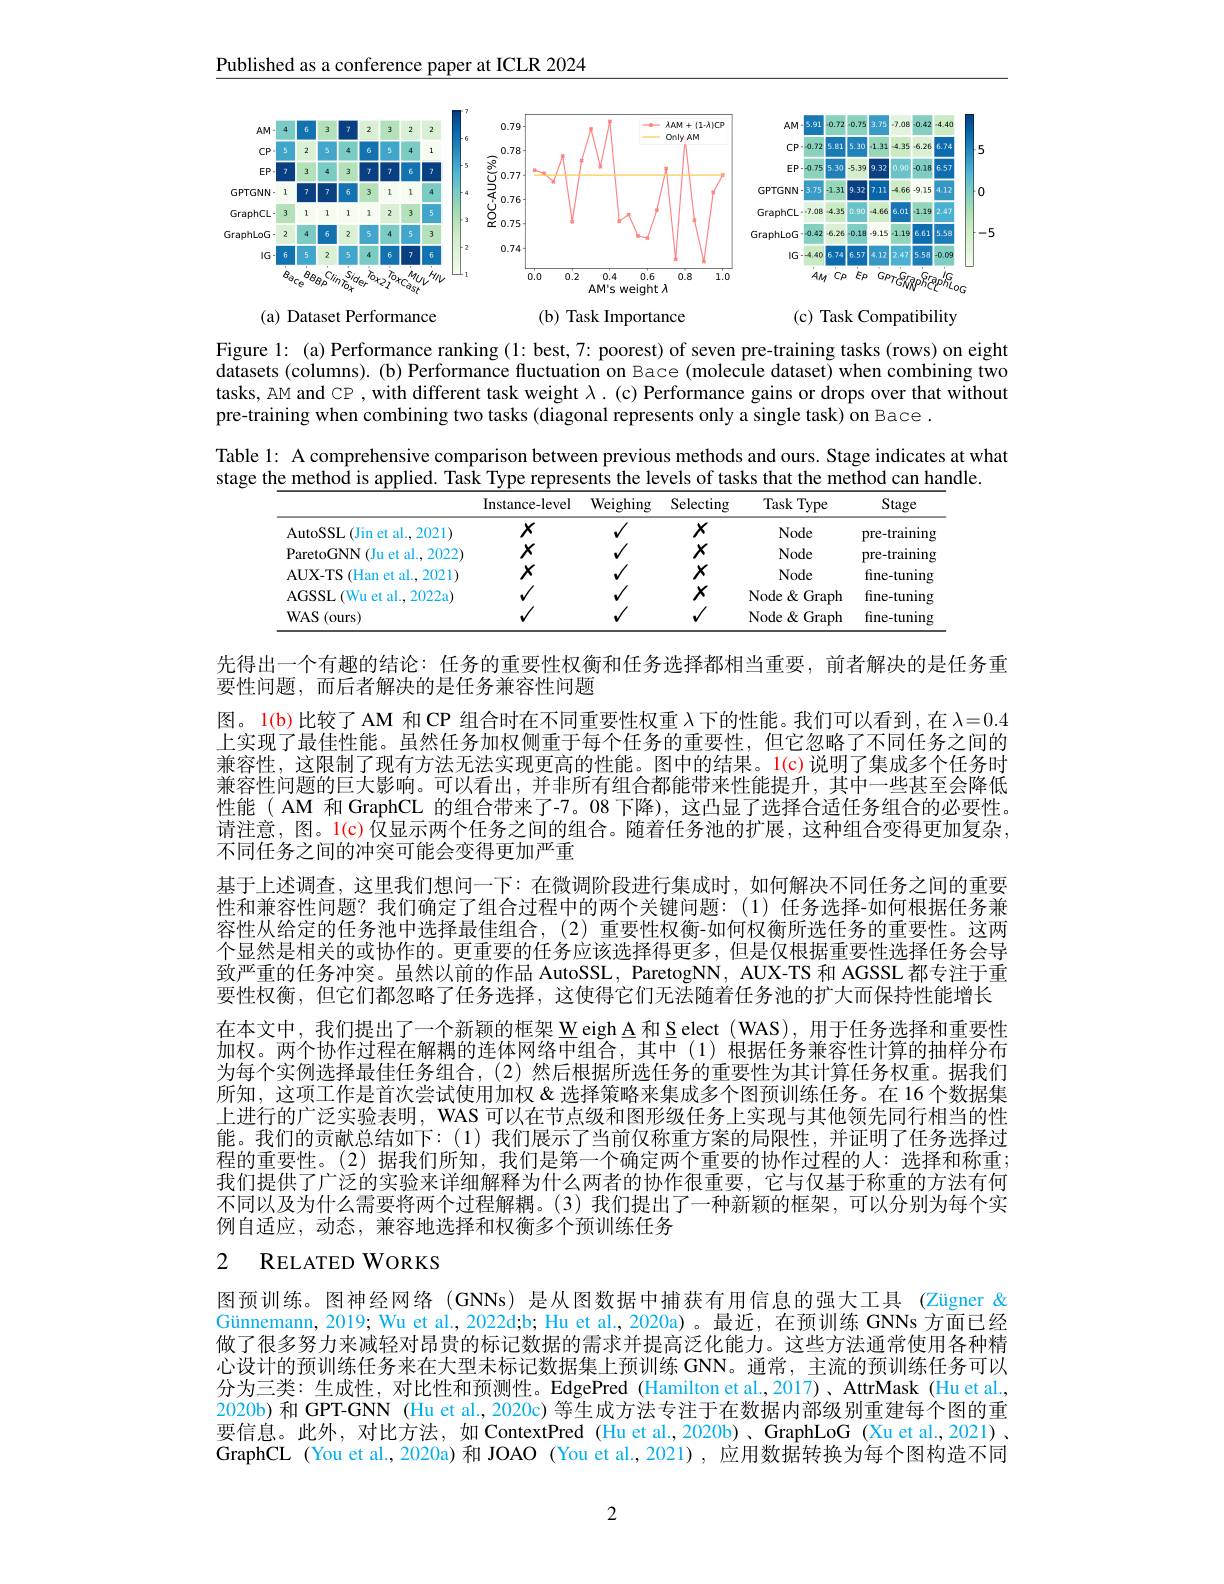
Published as a conference paper at ICLR 2024

<FigureHere>

(a) Dataset Performance

(b) Task Importance

(c) Task Compatibility

Figure l: (a)Performance ranking (1:best,7: poorest) of seven pre-training tasks (rows) on eight datasets (columns). (b) Performance fluctuation on Bace (molecule dataset) when combining two tasks, AM and CP , with different task weight $\lambda.$ (c) Performance gains or drops over that without pre-training when combining two tasks (diagonal represents only a single task) on Bace .

Table l: A comprehensive comparison between previous methods and ours. Stage indicates at what
stage the method is applied. Task Type represents the levels of tasks that the method can handle.

<table>
	<tbody>
		<tr>
			<th> </th>
			<th>Instance-level</th>
			<th>Weighing</th>
			<th>Selecting</th>
			<th>Task <Type $\because$</th>
			<th>Stage</th>
		</tr>
		<tr>
			<td>AutoSSL(Jin et al., 2021)</td>
			<td>$X$</td>
			<td>$√$</td>
			<td>$X$</td>
			<td>Node</td>
			<td>pre-training</td>
		</tr>
		<tr>
			<td>ParetoGNN ${\mathsf{V}}($Ju et al., 2022</td>
			<td>$X$</td>
			<td></td>
			<td>$X$</td>
			<td>Node</td>
			<td>pre-training</td>
		</tr>
		<tr>
			<td>AUX- TS Han et al., 2021)</td>
			<td>$X$</td>
			<td>1</td>
			<td>$X$</td>
			<td>Node</td>
			<td>fine-tuning</td>
		</tr>
		<tr>
			<td>AGSSL (Wu et al., 2022a)</td>
			<td></td>
			<td>1</td>
			<td>$X$</td>
			<td> Graph</td>
			<td>fine-tuning</td>
		</tr>
		<tr>
			<td>$WAS$ 1 (ours)</td>
			<td> </td>
			<td> </td>
			<td> </td>
			<td>Node & Graph</td>
			<td>fine-tunin 15</td>
		</tr>
	</tbody>
</table>

先得出一个有趣的结论：任务的重要性权衡和任务选择都相当重要，前者解决的是任务重
要性问题，而后者解决的是任务兼容性问题
图。1(b)比较了 AM 和 CP 组合时在不同重要性权重$\lambda$下的性能。我们可以看到，在$\lambda=0.4$ 上实现了最佳性能。虽然任务加权侧重于每个任务的重要性，但它忽略了不同任务之间的兼容性，这限制了现有方法无法实现更高的性能。图中的结果。1(c)说明了集成多个任务时兼容性问题的巨大影响。可以看出，并非所有组合都能带来性能提升，其中一些甚至会降低性能( AM 和 GraphCL 的组合带来了-7。08 下降),这凸显了选择合适任务组合的必要性。请注意，图。1(c)仅显示两个任务之间的组合。随着任务池的扩展，这种组合变得更加复杂， 不同任务之间的冲突可能会变得更加严重
基于上述调查，这里我们想问一下：在微调阶段进行集成时，如何解决不同任务之间的重要性和兼容性问题？我们确定了组合过程中的两个关键问题：(1)任务选择-如何根据任务兼容性从给定的任务池中选择最佳组合，(2)重要性权衡-如何权衡所选任务的重要性。这两个显然是相关的或协作的。更重要的任务应该选择得更多，但是仅根据重要性选择任务会导致严重的任务冲突。虽然以前的作品 AutoSSL, ParetogNN, AUX-TS 和 AGSSL 都专注于重要性权衡，但它们都忽略了任务选择，这使得它们无法随着任务池的扩大而保持性能增长在本文中，我们提出了一个新颖的框架 Weigh A 和 S elect ( WAS), 用于任务选择和重要性加权。两个协作过程在解耦的连体网络中组合，其中(1)根据任务兼容性计算的抽样分布为每个实例选择最佳任务组合，(2)然后根据所选任务的重要性为其计算任务权重。据我们所知，这项工作是首次尝试使用加权&选择策略来集成多个图预训练任务。在 16 个数据集上进行的广泛实验表明，WAS 可以在节点级和图形级任务上实现与其他领先同行相当的性能。我们的贡献总结如下：(1)我们展示了当前仅称重方案的局限性，并证明了任务选择过程的重要性。(2)据我们所知，我们是第一个确定两个重要的协作过程的人：选择和称重； 我们提供了广泛的实验来详细解释为什么两者的协作很重要，它与仅基于称重的方法有何不同以及为什么需要将两个过程解耦。(3)我们提出了一种新颖的框架，可以分别为每个实例自适应，动态，兼容地选择和权衡多个预训练任务

# 2 RELATEDWORKS

图预训练。图神经网络(GNNs) 是从图数据中捕获有用信息的强大工具 (Zügner & Günnemann, 2019; Wu et al, 2022d;b; Hu et al., 2020a)。最近，在预训练 GNNs 方面已经做了很多努力来减轻对昂贵的标记数据的需求并提高泛化能力。这些方法通常使用各种精心设计的预训练任务来在大型未标记数据集上预训练 GNN。通常，主流的预训练任务可以分为三类：生成性，对比性和预测性。EdgePred (Hamilton et al.,2017)、AttrMask (Hu et al., 2020b)和 GPT-GNN (Hu et al., 2020c) 等生成方法专注于在数据内部级别重建每个图的重要信息。此外，对比方法，如 ContextPred (Hu et al.,2020b)、GraphLoG (Xu et al.,2021) 、 GraphCL (You et al., 2020a)和 JOAO (You et al.,2021) , 应用数据转换为每个图构造不同

2